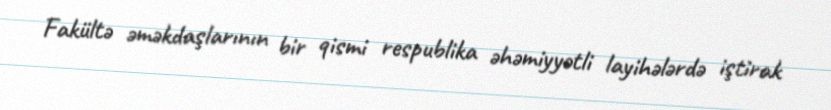
Fakültə əməkdaşlarının bir qismi respublika əhəmiyyətli layihələrdə iştirak